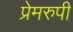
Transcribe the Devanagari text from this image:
प्रेमरुपी